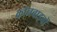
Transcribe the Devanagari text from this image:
कॉनबाइवों